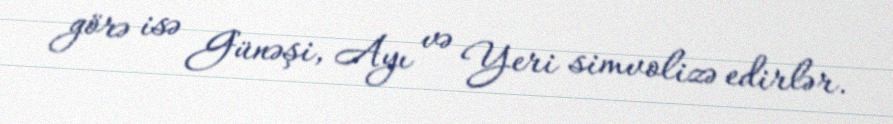
görə isə Günəşi, Ayı və Yeri simvolizə edirlər.